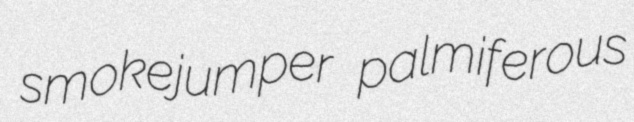
smokejumper palmiferous